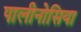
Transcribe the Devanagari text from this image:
पालीनोसिया